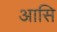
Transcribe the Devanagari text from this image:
आसि